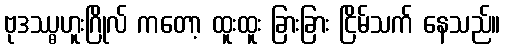
ဗုဒဿ္ဓဟူးဂြိုလ် ကတော့ ထူးထူး ခြားခြား ငြိမ်သက် နေသည်။